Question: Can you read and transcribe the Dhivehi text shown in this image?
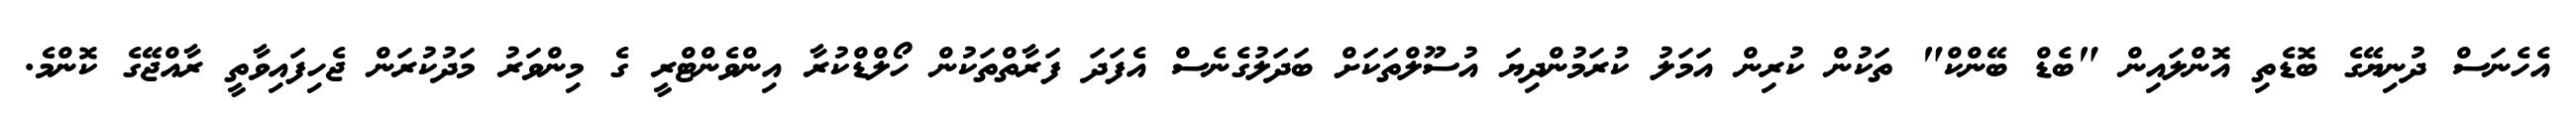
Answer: އެހެނަސް ދުނިޔޭގެ ބޮޑެތި އޮންލައިން "ބެޑް ބޭންކް" ތަކުން ކުރިން އަމަލު ކުރަމުންދިޔަ އުސޫލްތަކަށް ބަދަލުގެނެސް އެފަދަ ފަރާތްތަކުން ހޯލްޑްކުރާ އިންވެންޓްރީ ގެ މިންވަރު މަދުކުރަން ޖެހިފައިވާތީ ރާއްޖޭގެ ކޮންމެ.